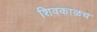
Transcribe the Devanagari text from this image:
शिवकाळच